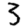
Digit: 3